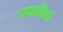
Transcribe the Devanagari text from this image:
पभावित